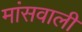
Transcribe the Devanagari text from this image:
मांसवाली